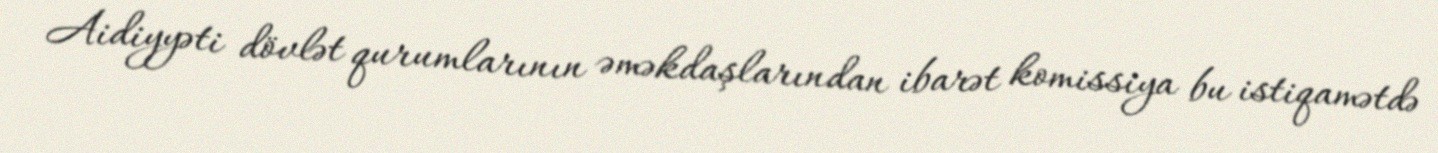
Aidiyyəti dövlət qurumlarının əməkdaşlarından ibarət komissiya bu istiqamətdə